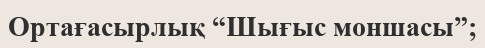
Ортағасырлық “Шығыс моншасы”;